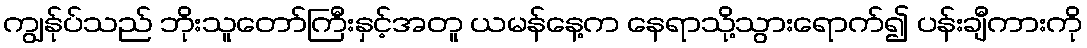
ကျွန်ုပ်သည် ဘိုးသူတော်ကြီးနှင့်အတူ ယမန်နေ့က နေရာသို့သွားရောက်၍ ပန်းချီကားကို